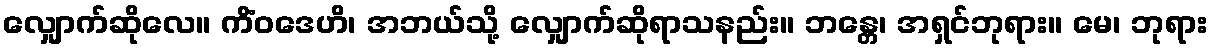
လျှောက်ဆိုလေ။ ကိံဝဒေဟိ၊ အဘယ်သို့ လျှောက်ဆိုရာသနည်း။ ဘန္တေ၊ အရှင်ဘုရား။ မေ၊ ဘုရား